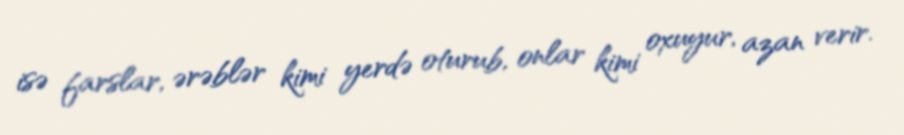
isə farslar, ərəblər kimi yerdə oturub, onlar kimi oxuyur, azan verir.